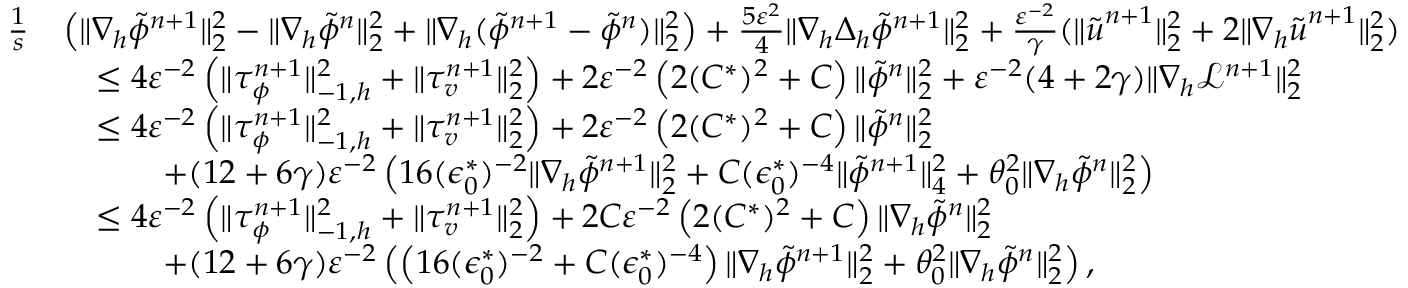
\begin{array} { r l } { \frac { 1 } { s } } & { \left( \| \nabla _ { h } \tilde { \phi } ^ { n + 1 } \| _ { 2 } ^ { 2 } - \| \nabla _ { h } \tilde { \phi } ^ { n } \| _ { 2 } ^ { 2 } + \| \nabla _ { h } ( \tilde { \phi } ^ { n + 1 } - \tilde { \phi } ^ { n } ) \| _ { 2 } ^ { 2 } \right) + \frac { 5 \varepsilon ^ { 2 } } { 4 } \| \nabla _ { h } \Delta _ { h } \tilde { \phi } ^ { n + 1 } \| _ { 2 } ^ { 2 } + \frac { \varepsilon ^ { - 2 } } { \gamma } ( \| \tilde { \boldsymbol { u } } ^ { n + 1 } \| _ { 2 } ^ { 2 } + 2 \| \nabla _ { h } \tilde { \boldsymbol { u } } ^ { n + 1 } \| _ { 2 } ^ { 2 } ) } \\ & { \quad \leq 4 \varepsilon ^ { - 2 } \left( \| \tau _ { \phi } ^ { n + 1 } \| _ { - 1 , h } ^ { 2 } + \| \tau _ { v } ^ { n + 1 } \| _ { 2 } ^ { 2 } \right) + 2 \varepsilon ^ { - 2 } \left( 2 ( C ^ { * } ) ^ { 2 } + C \right) \| \tilde { \phi } ^ { n } \| _ { 2 } ^ { 2 } + \varepsilon ^ { - 2 } ( 4 + 2 \gamma ) \| \nabla _ { h } \mathcal { L } ^ { n + 1 } \| _ { 2 } ^ { 2 } } \\ & { \quad \leq 4 \varepsilon ^ { - 2 } \left( \| \tau _ { \phi } ^ { n + 1 } \| _ { - 1 , h } ^ { 2 } + \| \tau _ { v } ^ { n + 1 } \| _ { 2 } ^ { 2 } \right) + 2 \varepsilon ^ { - 2 } \left( 2 ( C ^ { * } ) ^ { 2 } + C \right) \| \tilde { \phi } ^ { n } \| _ { 2 } ^ { 2 } } \\ & { \quad \qquad + ( 1 2 + 6 \gamma ) \varepsilon ^ { - 2 } \left( 1 6 ( \epsilon _ { 0 } ^ { * } ) ^ { - 2 } \| \nabla _ { h } \tilde { \phi } ^ { n + 1 } \| _ { 2 } ^ { 2 } + C ( \epsilon _ { 0 } ^ { * } ) ^ { - 4 } \| \tilde { \phi } ^ { n + 1 } \| _ { 4 } ^ { 2 } + \theta _ { 0 } ^ { 2 } \| \nabla _ { h } \tilde { \phi } ^ { n } \| _ { 2 } ^ { 2 } \right) } \\ & { \quad \leq 4 \varepsilon ^ { - 2 } \left( \| \tau _ { \phi } ^ { n + 1 } \| _ { - 1 , h } ^ { 2 } + \| \tau _ { v } ^ { n + 1 } \| _ { 2 } ^ { 2 } \right) + 2 C \varepsilon ^ { - 2 } \left( 2 ( C ^ { * } ) ^ { 2 } + C \right) \| \nabla _ { h } \tilde { \phi } ^ { n } \| _ { 2 } ^ { 2 } } \\ & { \quad \qquad + ( 1 2 + 6 \gamma ) \varepsilon ^ { - 2 } \left( \left( 1 6 ( \epsilon _ { 0 } ^ { * } ) ^ { - 2 } + C ( \epsilon _ { 0 } ^ { * } ) ^ { - 4 } \right) \| \nabla _ { h } \tilde { \phi } ^ { n + 1 } \| _ { 2 } ^ { 2 } + \theta _ { 0 } ^ { 2 } \| \nabla _ { h } \tilde { \phi } ^ { n } \| _ { 2 } ^ { 2 } \right) , } \end{array}